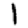
Digit: 1